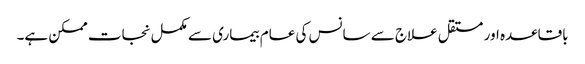
باقاعدہ اور مستقل علاج سے سانس کی عام بیماری سے مکمل نجات ممکن ہے۔